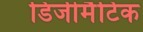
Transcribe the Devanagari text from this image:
डिजीमैटिक